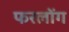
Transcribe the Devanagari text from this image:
फरलोंग